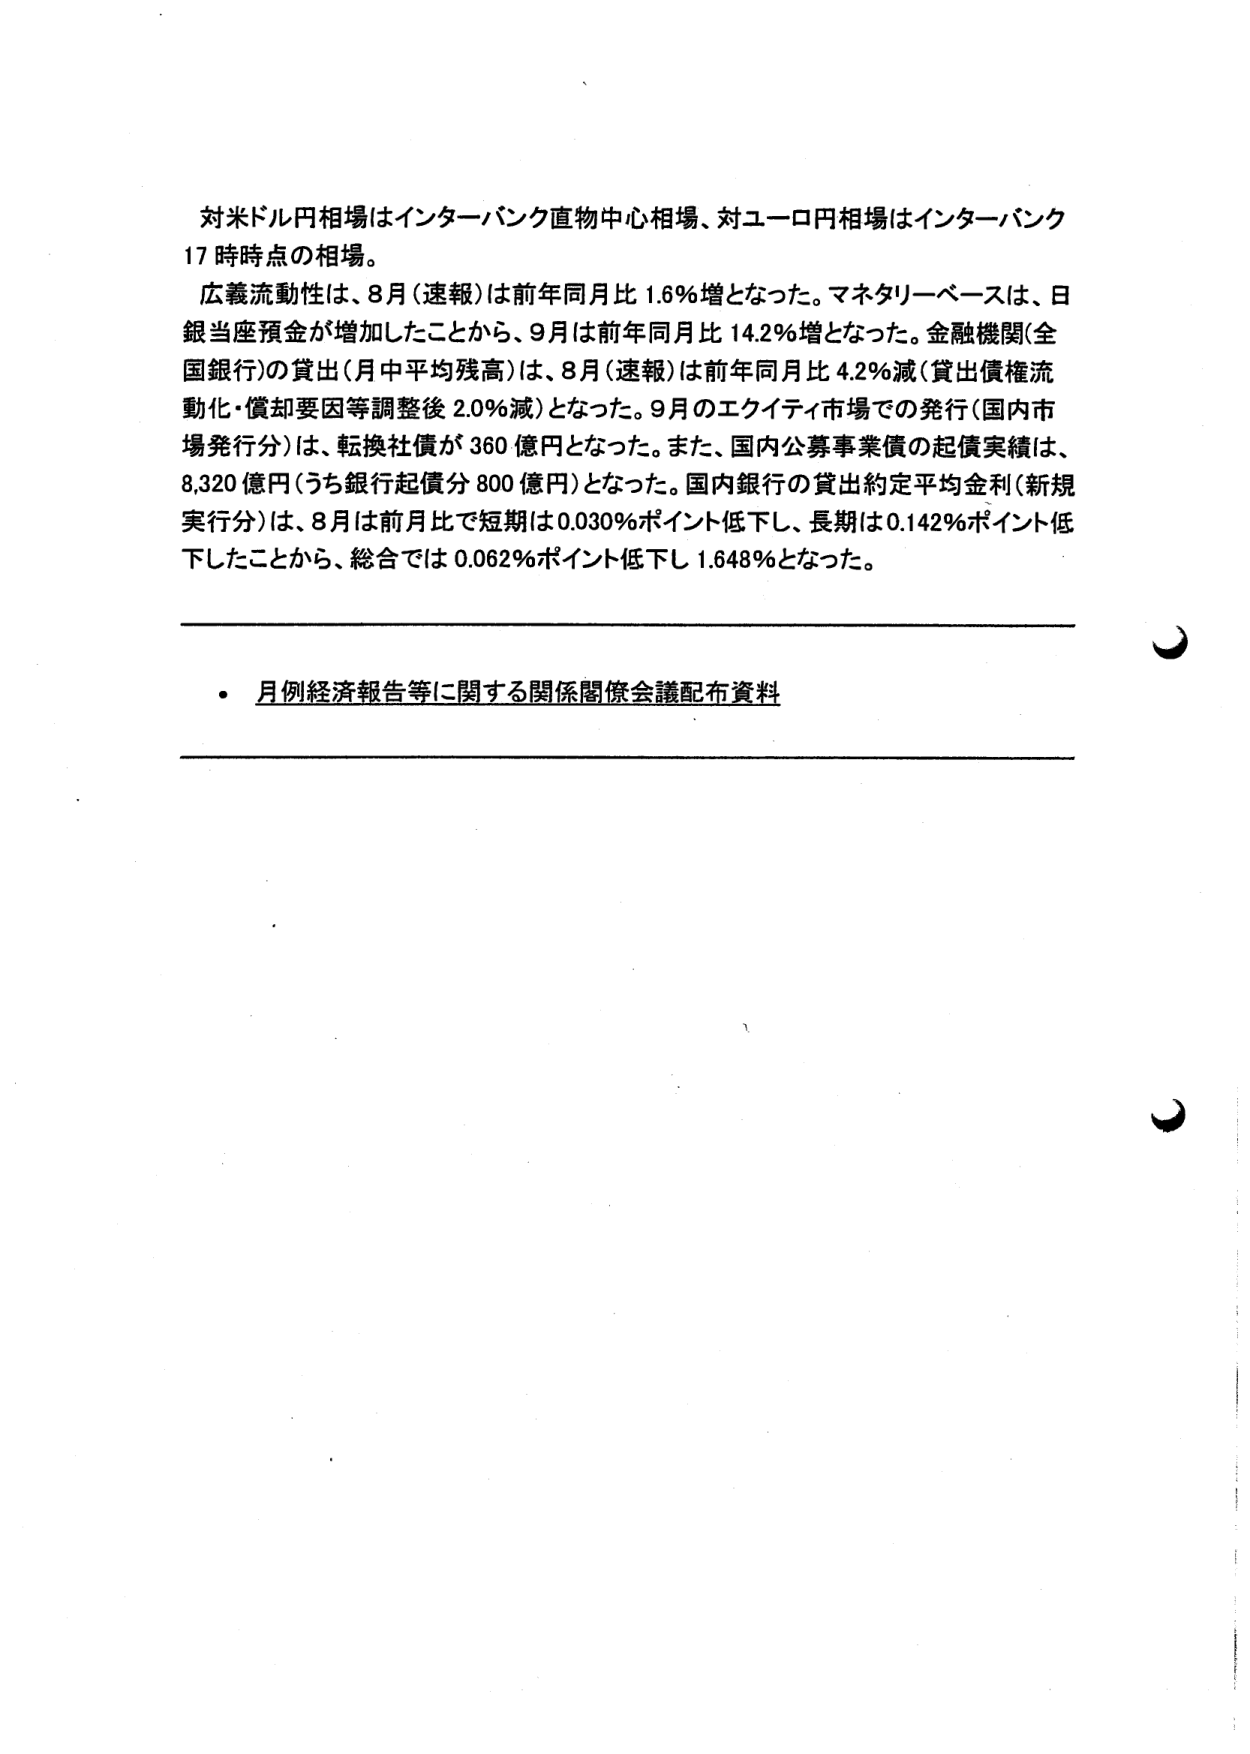
対米ドル円相場はインターバンク直物中心相場、対ユーロ円相場はインターバンク
17 時時点の相場。
広義流動性は、8月（速報）は前年同月比 1.6％増となった。マネタリーベースは、日
銀当座預金が増加したことから、9月は前年同月比 14.2％増となった。金融機関（全
国銀行）の貸出（月中平均残高）は、8月（速報）は前年同月比 4.2％減（貸出債権流
動化・償却要因等調整後 2.0％減）となった。9月のエクイティ市場での発行（国内市
場発行分）は、転換社債が 360 億円となった。また、国内公募事業債の起債実績は、
8,320 億円（うち銀行起債分 800 億円）となった。国内銀行の貸出約定平均金利（新規
実行分）は、8月は前月比で短期は 0.030％ポイント低下し、長期は 0.142％ポイント低
下したことから、総合では 0.062％ポイント低下し 1.648％となった。

・ 月例経済報告等に関する関係閣僚会議配布資料